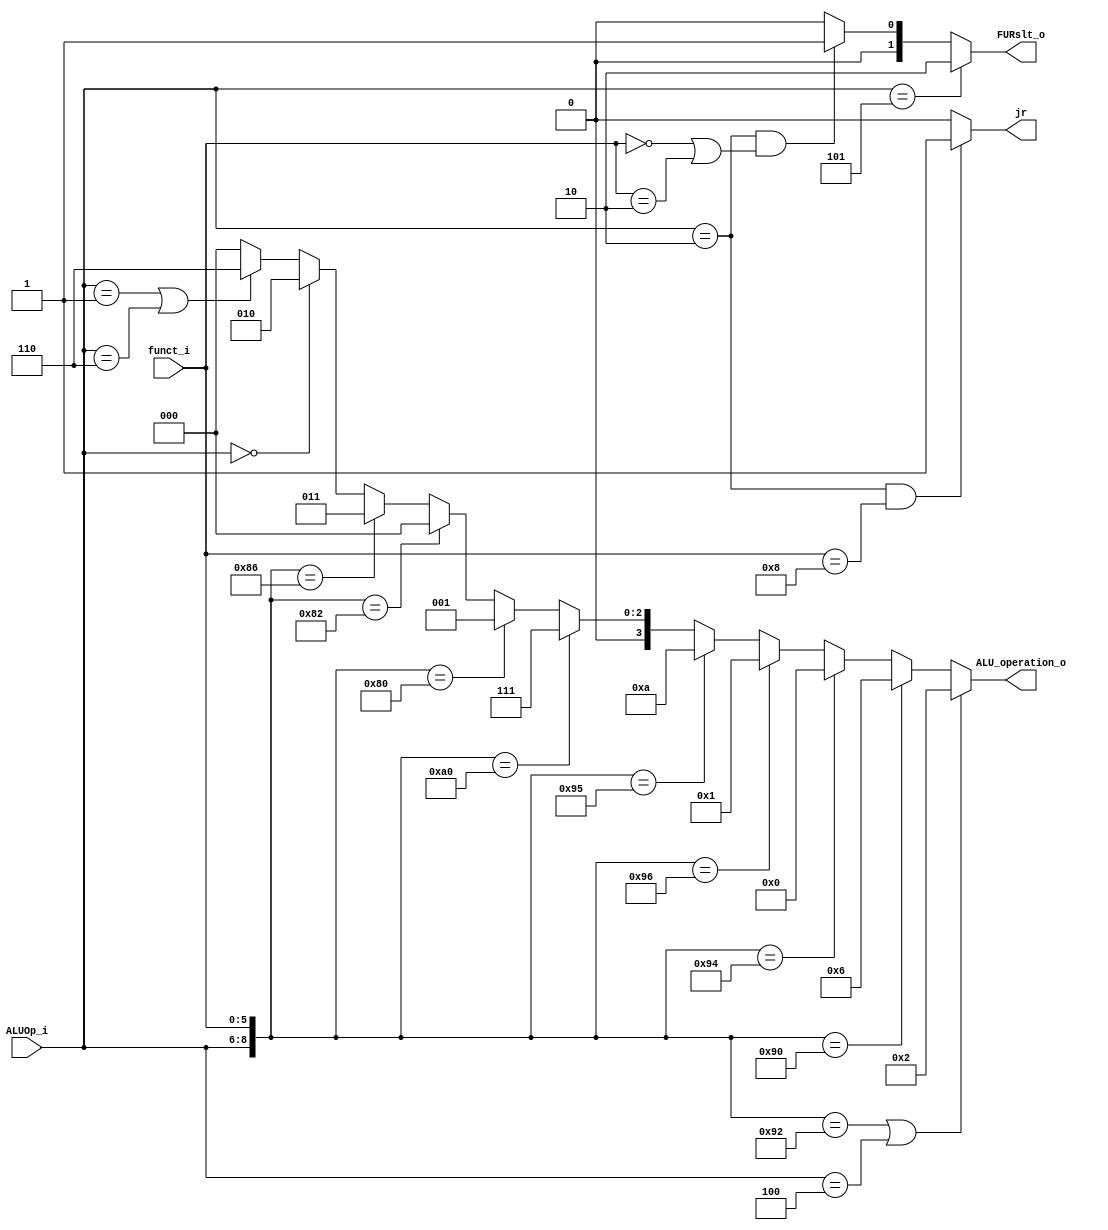
module ALU_Ctrl( funct_i, ALUOp_i, ALU_operation_o, FURslt_o, jr );

//I/O ports 
input	[6-1:0] funct_i;
input	[3-1:0] ALUOp_i;

output	[4-1:0] ALU_operation_o;  
output	[2-1:0] FURslt_o;
output	jr;
     
//Internal Signals
wire	[4-1:0] ALU_operation_o;
wire	[2-1:0] FURslt_o;
wire	jr;

//Main function


assign ALU_operation_o = ({ALUOp_i,funct_i}==9'b010_010010 || ALUOp_i == 3'b100) ? 4'b0010 : //add addi
						 ({ALUOp_i,funct_i}==9'b010_010000) ? 4'b0110 : //sub
						 ({ALUOp_i,funct_i}==9'b010_010100) ? 4'b0000 : //and
						 ({ALUOp_i,funct_i}==9'b010_010110) ? 4'b0001 : //or
						 ({ALUOp_i,funct_i}==9'b010_010101) ? 4'b1010 : //not
						 ({ALUOp_i,funct_i}==9'b010_100000) ? 4'b0111 : //slt
						 ({ALUOp_i,funct_i}==9'b010_000000) ? 4'b0001 : //sll
						 ({ALUOp_i,funct_i}==9'b010_000010) ? 4'b0000 : //srl
						 ({ALUOp_i,funct_i}==9'b010_000110) ? 4'b0011 :
						 (ALUOp_i == 3'b000)? 4'b0010 :
						 (ALUOp_i == 3'b001 || ALUOp_i == 3'b110)? 4'b0110 : 4'b0000;

						 

assign FURslt_o = (ALUOp_i == 3'b101) ? 2 :
				  (ALUOp_i == 3'b010 && (funct_i == 0 || funct_i == 2)) ? 1 : 0;


assign jr = (ALUOp_i==3'b010 && funct_i==6'b001000) ? 1 : 0;
						 
				

endmodule